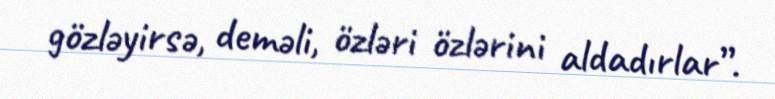
gözləyirsə, deməli, özləri özlərini aldadırlar”.